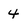
Character: 4